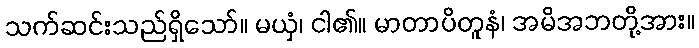
သက်ဆင်းသည်ရှိသော်။ မယှံ၊ ငါ၏။ မာတာပိတူနံ၊ အမိအဘတို့အား။